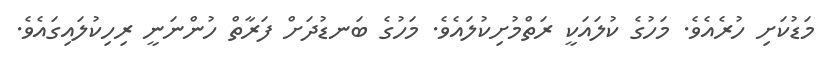
މަޑުކަށި ހުރެއެވެ. މަހުގެ ކުލައަކީ ރަތްމުށިކުލައެވެ. މަހުގެ ބަނޑުދަށް ފަރާތް ހުންނަނީ ރިހިކުލައިގައެވެ.